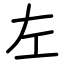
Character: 左